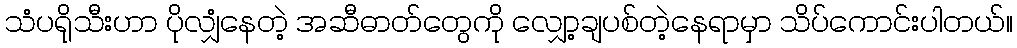
သံပရိုသီးဟာ ပိုလျှံနေတဲ့ အဆီဓာတ်တွေကို လျှော့ချပစ်တဲ့နေရာမှာ သိပ်ကောင်းပါတယ်။